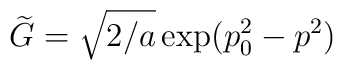
\widetilde{G}=\sqrt{2/a}\exp(p_0^2-p^2)